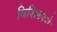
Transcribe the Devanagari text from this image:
विशिष्टपणे